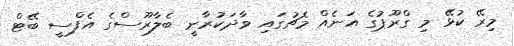
މިރޭ ކުޅޭ މި ގްރޫޕުގެ އަނެއް މެޗުގައި ވާދަކުރާނީ ބެލާރޫސްގެ އެފްސީ ބޭޓް